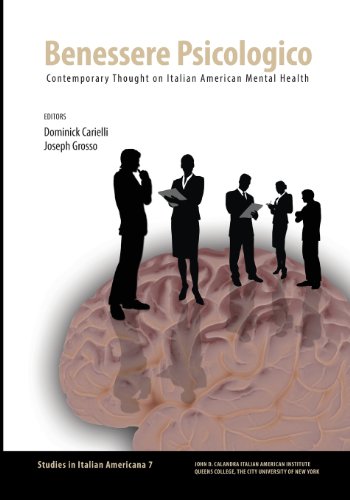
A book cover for Benessere Psicologico: Contemporary Thought on Italian American Mental Health; Medical Books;